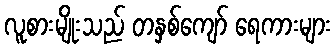
လူစားမျိုးသည် တနှစ်ကျော် ရေကားများ